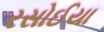
રસોઈયા